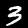
Label: 3